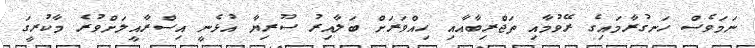
ނަމަވެސް ހަނގުރާމައިގެ ރޭވުމާއި ތަޖްރިބާއާއި ހިއްވަރަށް ބަލާއިރު ސޫރިޔާ އުޅެނީ އިސްރާއީލަށްވުރެ މާކުރީގަ